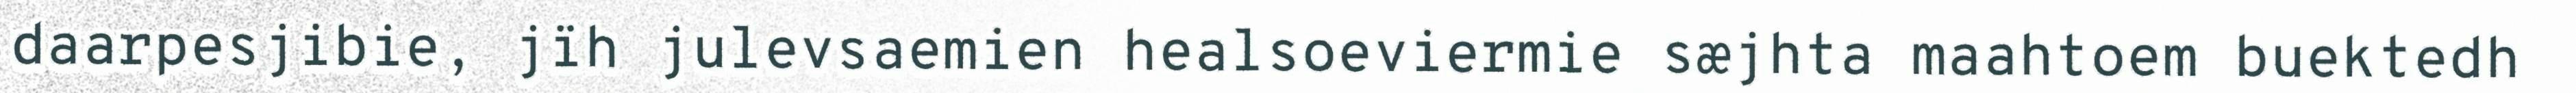
daarpesjibie, jïh julevsaemien healsoeviermie sæjhta maahtoem buektedh